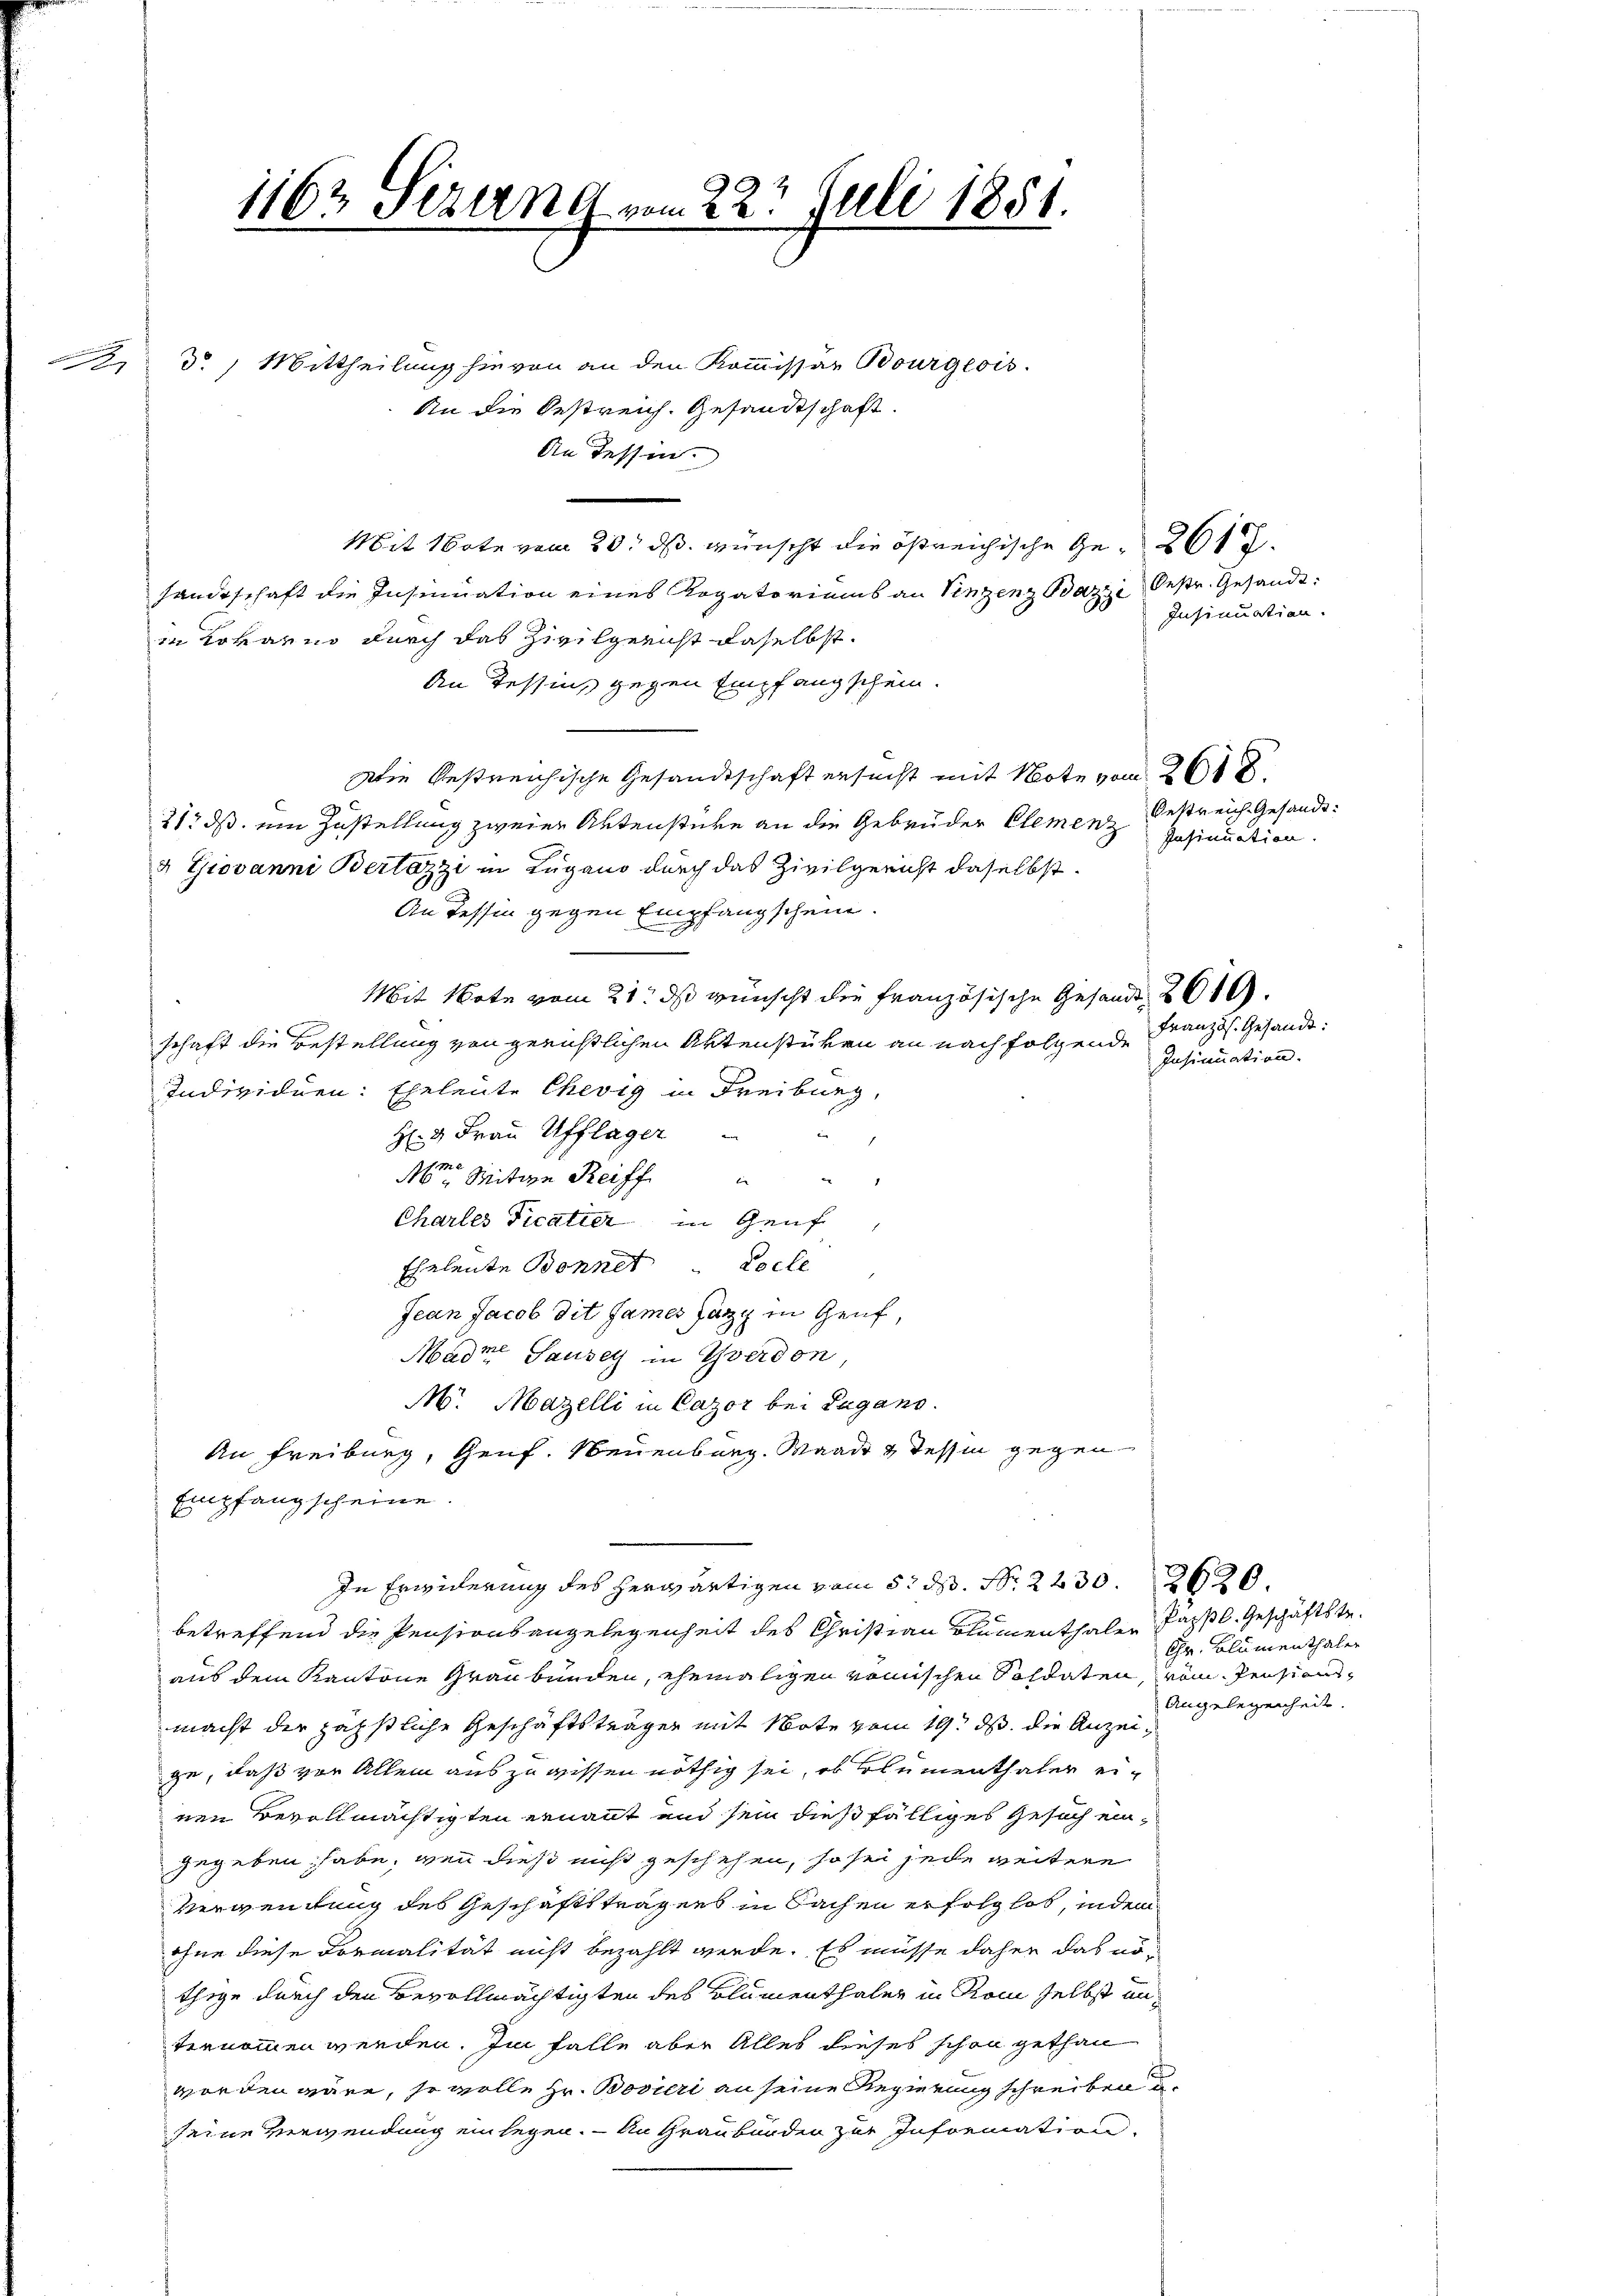
d

1162 sezung vom 22t Juli 1851.

do. Mittheilung hievon an den Kommissar Bourgeois.
An die Oestreich. Gesandtschaft.
An Tessin.
Mit Note vom 20. ds. wünscht die östreichische Ge- 261 f.
handeschaft die Insinuation eines Rogatoriums an Vinzenz Bazzi bestr. Gesandtin Rovarno durch das Zivilgericht daselbst.
An Tessin, gegen Empfang schein.
Die bestreichische Gesandtschaft ersucht mit Note vom 26.
21. ds. ein Zustellung zweier Aktenstüre an die Gebrüder Clemen bestreich Gesandt¬
4 Giovanni Bertazzi in Lugano durch das Zivilgericht daselbst.
An Tessin gegen Empfangschein.
Mit Note vom 21. ds wünscht die Französische Gesandt 261.
schaft die Bestellung von gerichtlichen Aktenstüken an nach folgende
Individuen: Eheleute Chevig in Freiburg,
H: 3 Frau Ufflager
A. Mitige Reiff
Chartes Ficatier in Genf
Eheleute Bonnet. Loche
Jean Jacob Dit James Jagd in Genf,
Madme Sauser in Yverdon,
M. Mazelli in Cazor bei Lugano.
An Freiburg, Genf. Neuenburg. Waadt u Tessin gegen
Empfangscheine
In Erwiderung des herwärtigen vom 5. d. Nr. 2230. 2620.
betreffend die Pensionsangelegenheit des Christian Blumenthalen Fassl. Geschäftste¬
Chr. Blumenthaler
aus dem Kantone Graubünden, ehemaligen römischen Soldaten, vom Pensions¬
Angelegenheit.
macht der zähstliche Geschäftsträger mit Note vom 19. ds. die Anzeige, daß vor Allem aus zu wissen nöthig sei, ob Blumenthaler einen Bevollmächtigten ernannt und sein dießfälliges Gesuch eingegeben habe, wenn dieß nicht geschehen, so sei jede weitere
Verwendung des Geschäftstragens in Sachen erfolglos, indem
ohne diese Formalität nicht bezahlt werde. Es müsse daher das nöthige durch den Bevollmächtigten des Blumenthaler in Rom selbst unvernommen werden. Im Falle aber Alles dieses schon gethan
worden wäre, so wolle Hr. Bovieri an seine Regierung schreiben u
seine Verwendung ein legen. — An Graubünden zur Information

Insinuation.

Insinuation.

Französ. Gesandt:
Insinuation.